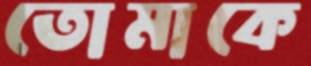
তোমাকে